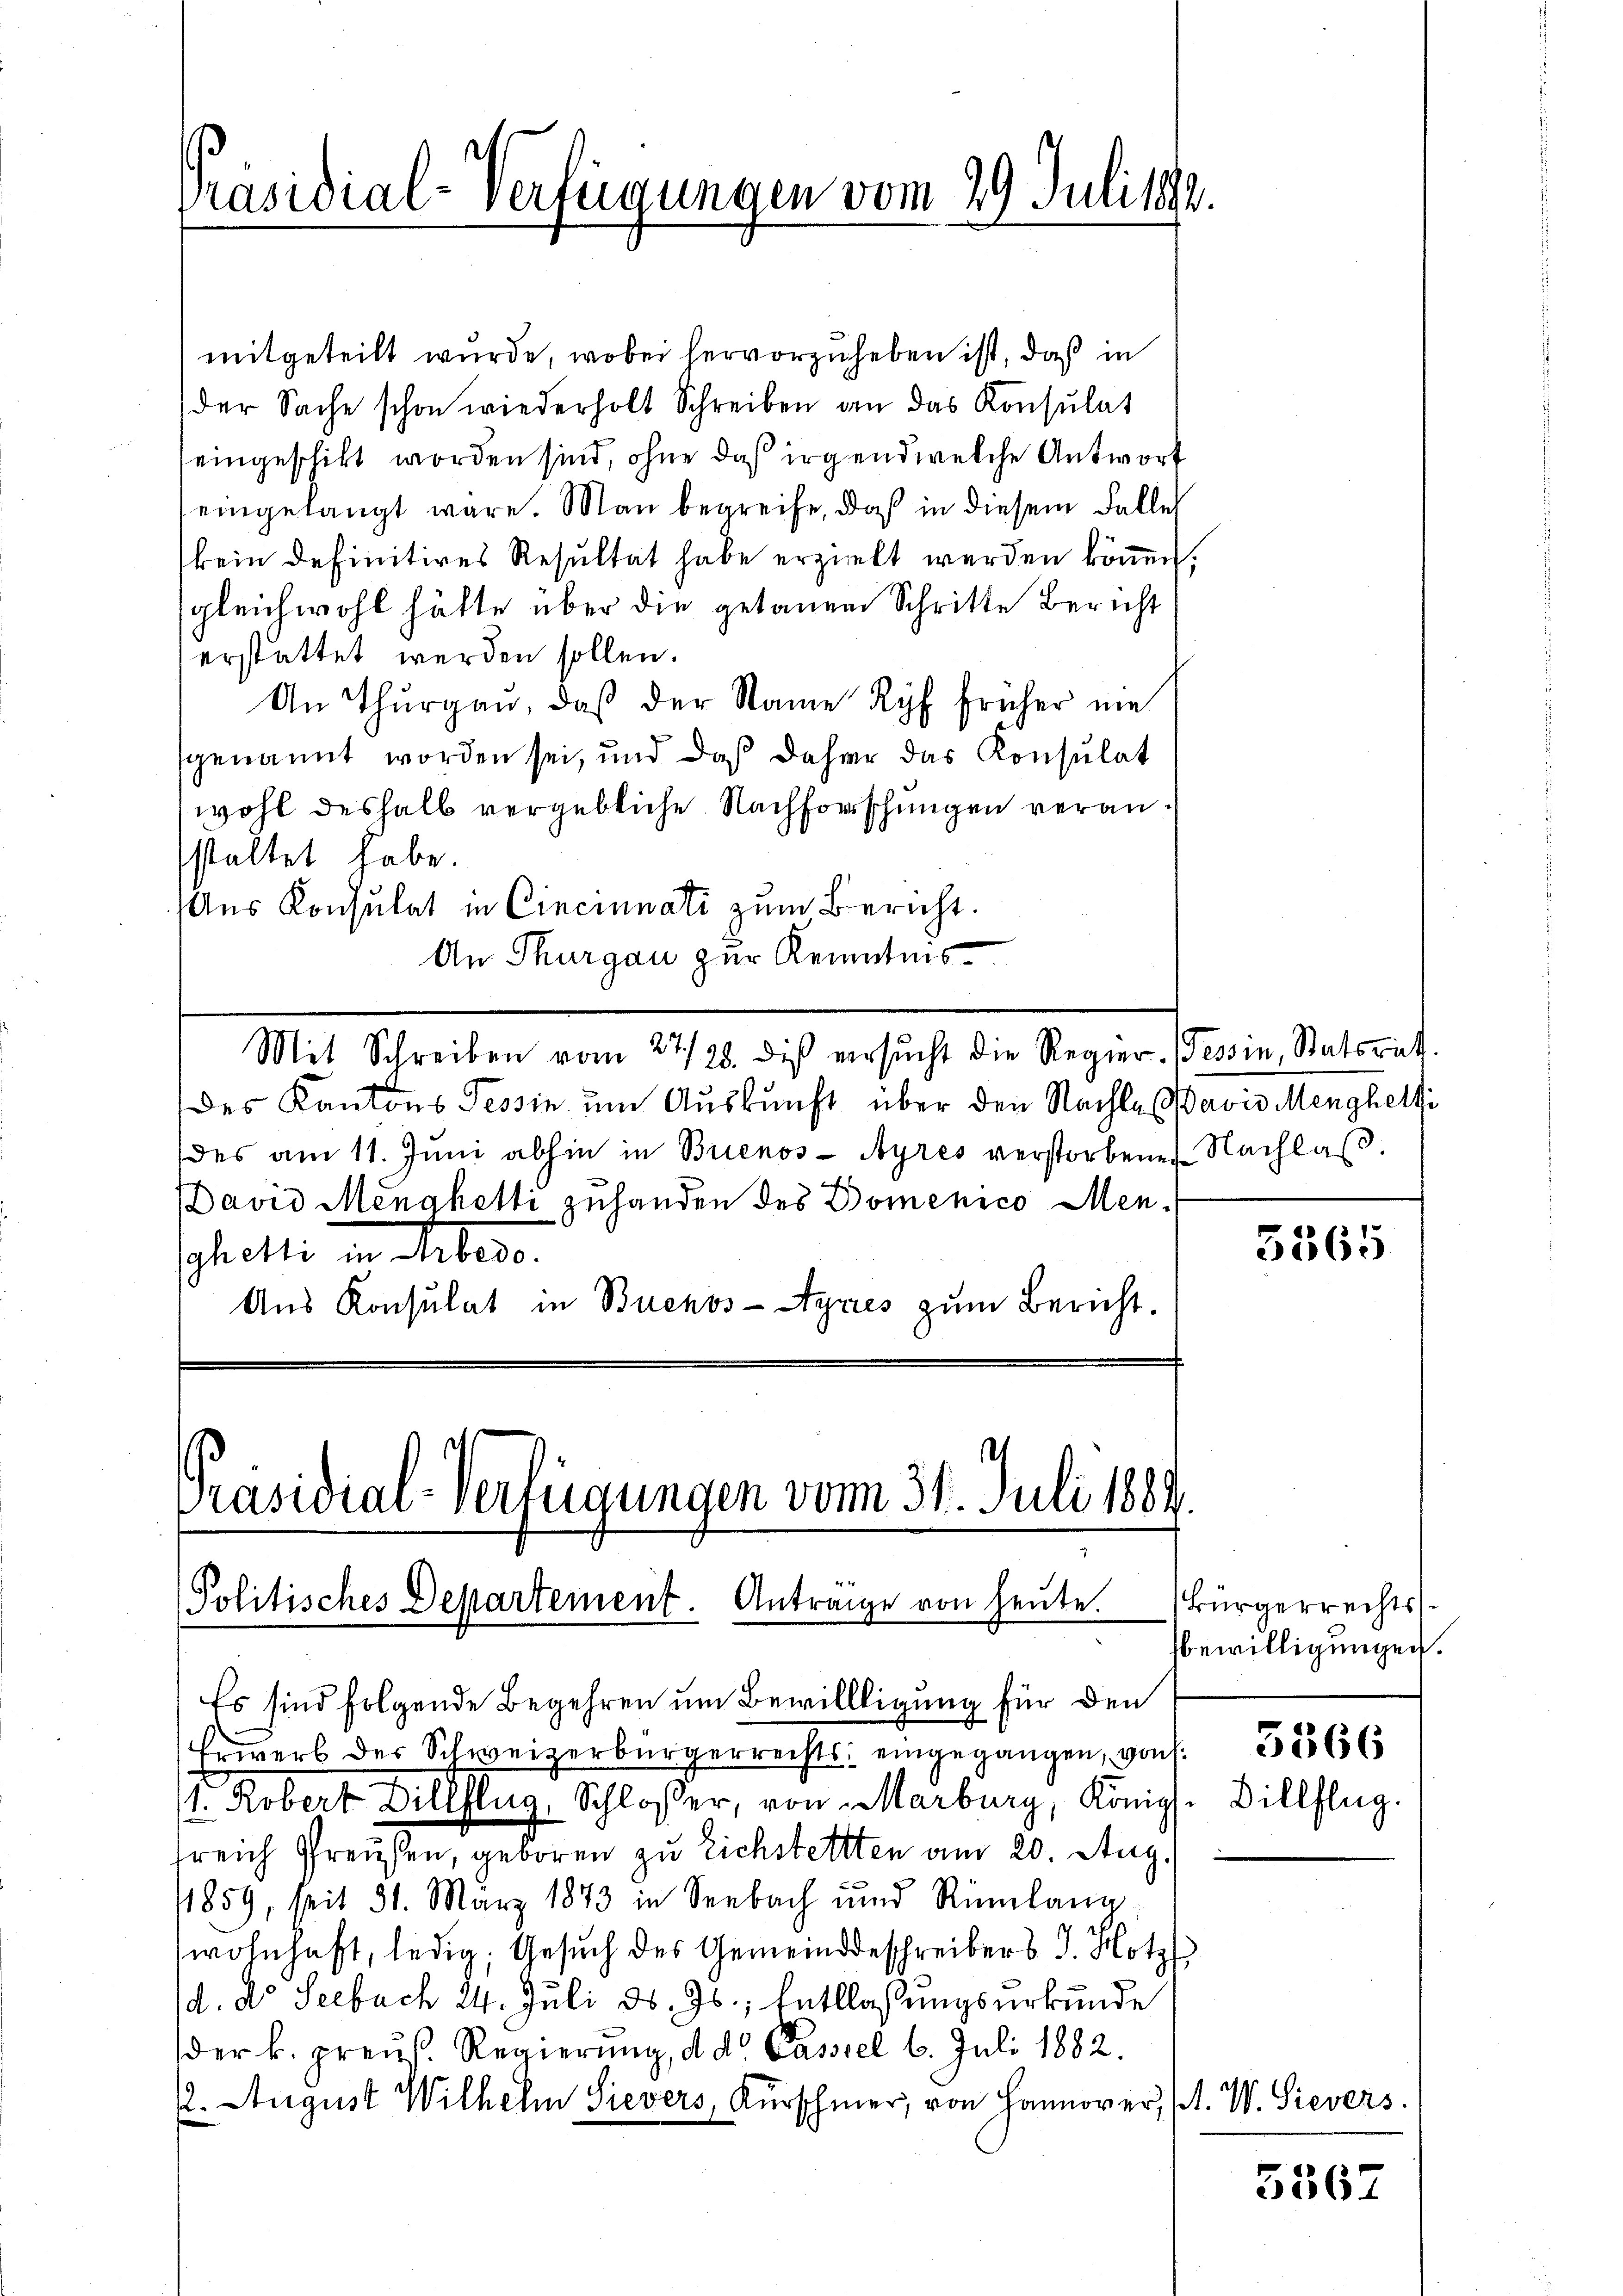
Präsidial-Verfügungen vom 29. Juli 1892.

mitgeteilt wurde, wobei hervorzuheben ist, daß in
der Sache schon wiederholt Schreiben den das Konsulat
eingeschikt worden sind, ohne daß irgend welche Antwort
eingelangt wäre. Man begreife, daß in diesem Falle
kein definitives Resultat habe erzielt werden könen
gleichwohl hätte über die getanen Schritte Bericht
erstattet werden sollen.
An Thurgau, daß der Name Ryf früher nie
genannt worden sei, und daß daher das Konsulat
wohl deshalb vergebliche Nachforschungen veranstaltet habe.
Aus Konsulat in Cincinnati zum Bericht.
An Thurgau zur Kenntnis¬
Mit Schreiben vom 27./23. die ersŭcht die Regier. (Tessin, Statsrath.
des Kantons Tessin um Auskunft über den Nachtes avis Menghelfi
des am 11. Jŭni abhin in Brienos-Ayres verstorbenen Nachlaß
David Menahetti zuhanden des Domenico Menchetti in Meters.
Aus Konsulat in Buenos-Ayres zum Bericht.

Erwerb der Schweizerbürgerrechts eingegangen, von 1856
 Robert Billhlug, Schlosser, von Marburg, Königl. Billflug.
sreich Preusen, geboren zu Eichstetten am 20. Aug.
/1859, seit 31. März 1873 in Seebach und Rümlang
wohnhaft, ledig, Gesuch des Gemeindeschreibers J. Hotz
d. d. Seebach 24. Juli d. Js., Entlassungsurkunde
der k. preuß. Regierung, d. d. Cassel 6. Juli 1882.
1. August Wilhelm Sievers, Kürschmer, von Hannover, P. W. Sievers

Präsidial-Verfügungen vom 31. Juli 1884.
Politisches Departement. Antrage von heŭte.
Es sind folgende Begehren um Bewilligung für den

3565

Bürgerrechts
bewilligungen.

5567